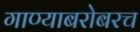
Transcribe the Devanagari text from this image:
गाण्याबरोबरच